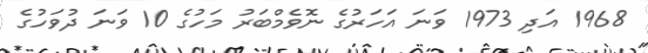
1968 އަދި 1973 ވަނަ އަހަރުގެ ނޮވެމްބަރު މަހުގެ 10 ވަނަ ދުވަހުގެ